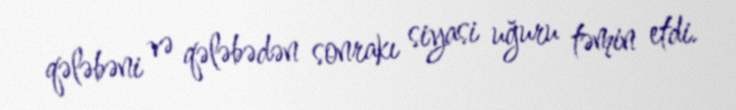
qələbəni və qələbədən sonrakı siyasi uğuru təmin etdi.